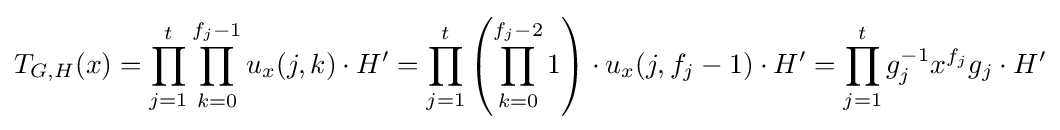
T_{G,H}(x)=\prod _{j=1}^{t}\prod _{k=0}^{f_{j}-1}u_{x}(j,k)\cdot H'=\prod _{j=1}^{t}\left(\prod _{k=0}^{f_{j}-2}1\right)\cdot u_{x}(j,f_{j}-1)\cdot H'=\prod _{j=1}^{t}g_{j}^{-1}x^{f_{j}}g_{j}\cdot H'